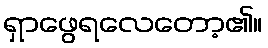
ရှာဖွေရလေတော့၏။